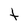
Character: t